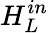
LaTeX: H_{L}^{in}